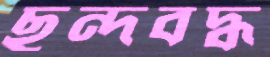
ছন্দবদ্ধ